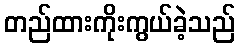
တည်ထားကိုးကွယ်ခဲ့သည်